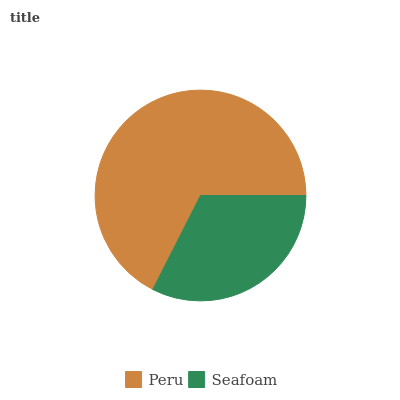
| Peru | Seafoam |
 | --- | --- |
 | 67.5% | 32.5% |